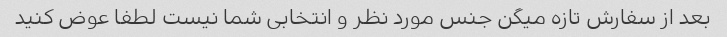
بعد از سفارش تازه میگن جنس مورد نظر و انتخابی شما نیست لطفا عوض کنید